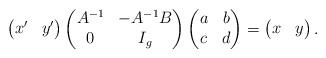
LaTeX: \begin{align*} \begin{pmatrix} x' & y'\end{pmatrix} \begin{pmatrix} A^{-1} & -A^{-1}B\\ 0 & I_g\end{pmatrix}\begin{pmatrix} a & b\\ c & d\end{pmatrix}=\begin{pmatrix} x & y\end{pmatrix}. \end{align*}